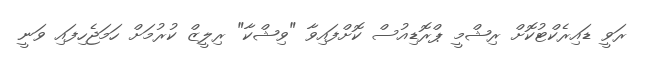
ރަވީ ޑައިރެކްޓުކޮށް ރިޝްމީ ޕްރޮޑިއުސް ކޮށްފައިވާ "ވިޝްކާ" ރިލީޒް ކުރުމަށް ހަމަޖެހިފައި ވަނީ